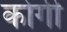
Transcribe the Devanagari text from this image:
कोर्गी